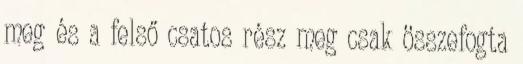
meg és a felső csatos rész meg csak összefogta